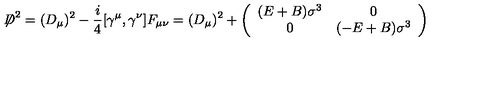
{ \not \! \! D } ^ { 2 } = ( D _ { \mu } ) ^ { 2 } - \frac { i } { 4 } [ \gamma ^ { \mu } , \gamma ^ { \nu } ] F _ { \mu \nu } = ( D _ { \mu } ) ^ { 2 } + \left( \begin{array} { c c } { ( E + B ) \sigma ^ { 3 } } & { 0 } \\ { 0 } & { ( - E + B ) \sigma ^ { 3 } } \\ \end{array} \right)